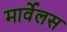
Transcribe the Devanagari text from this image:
मार्वेलस